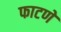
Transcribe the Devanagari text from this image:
फाटणे